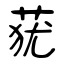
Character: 莸